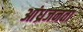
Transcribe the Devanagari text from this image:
आंध्रजनता